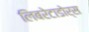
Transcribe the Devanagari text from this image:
लिबरेटाडोर्स